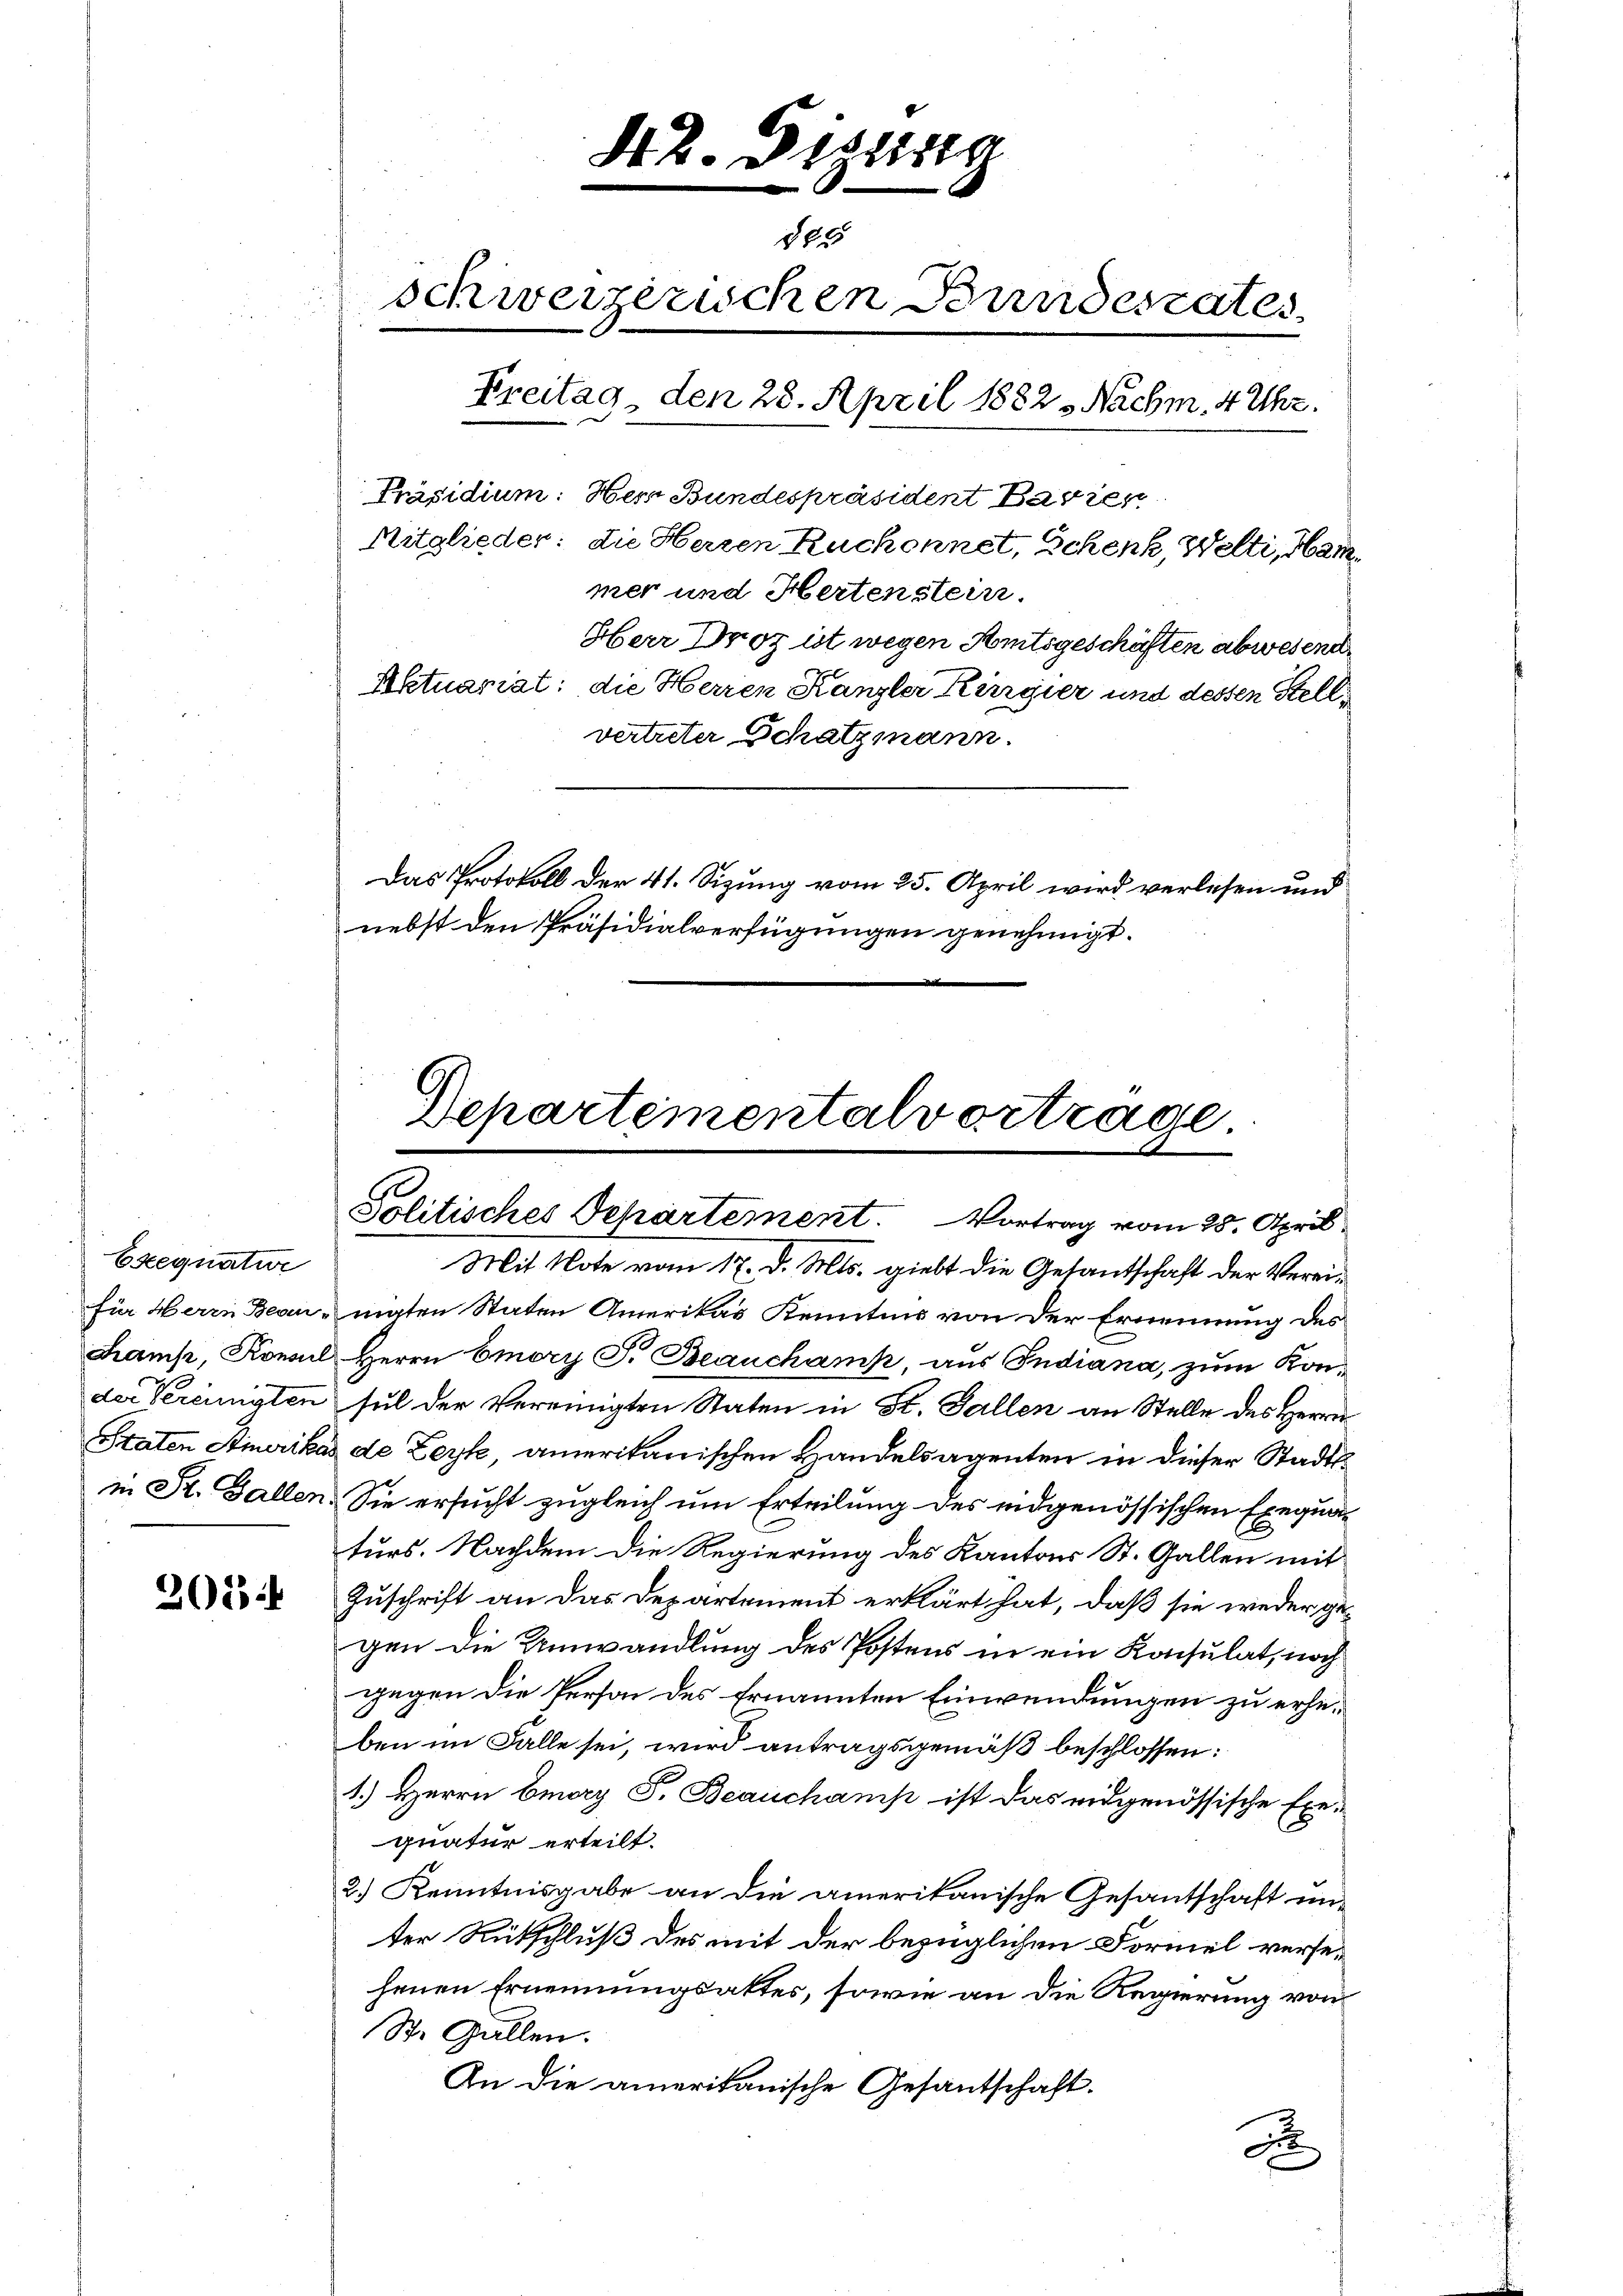
Exegnative

2024

42. Dizang
885
schweizerischen Bundesrates,
Freitag, den 28. April 1882 - Nachm. 4 Uhr.
Präsidium: Herr Bundespräsident Bavier
Mitglieder: die Herren Ruchonnet, Schenk, Welti, Hammer und Hertenstein.
Herr Droz ist wegen Amtsgeschäften abwesend
Aktuariat: die Herren Kanzler Kurgier und dessen Stellvertreter Schatzmann.

Das Protokoll der 41. Sizung vom 25. April wird verlesen und
nebst den Präsidialverfügungen genehmigt.

Mit Note vom 17. d. Mts. giebt die Gesandschaft der Vereifür Herrn Bean - maten Staten Amerikas Kenntnis von der Ernennung des
Kamp, Konsul Herrn Emory F. Beauchamp, aus Indiana, zum Konder Vereinigten sul der Vereinigten Staten in St. Gallen an Stelle des Herrn
sstaten Stimerikas de Leyk, amerikanischen Handelsagenten in dieser Stadtin St. Gallen. Sie ersucht zugleich um Erteilung des eidgenössischen Exequaturs. Nachdem die Regierung des Kantons St. Gallen mit
Zuschrift an das Departement erklärt hat, daß sie weder ge-
gen die Umwandlung des Postens in ein Konsulat, noch
gegen die Person des Ernannten Einwendungen zu erheben im Falle sei, wird antragsgemäß beschlossen:
1.) Herrn Georg S. Beauchamp ist das eidgenössische Exe-
quatur erteilt.
2.) Kenntnisgabe an die amerikanische Gesantschaft unter Rückschluß des mit der bezüglichen Formel versehenen Ernennungsaktes, sowie an die Regierung von
St. Gallen.
An die amerikanische Gesantschaft.
xx

Repartementalvortrage
Politisches Departement. Vortrag vom 25. April